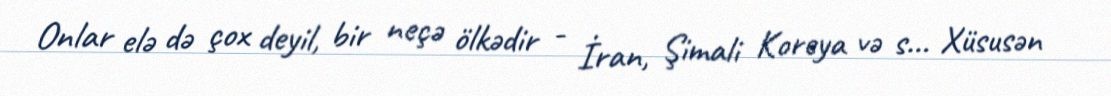
Onlar elə də çox deyil, bir neçə ölkədir - İran, Şimali Koreya və s... Xüsusən